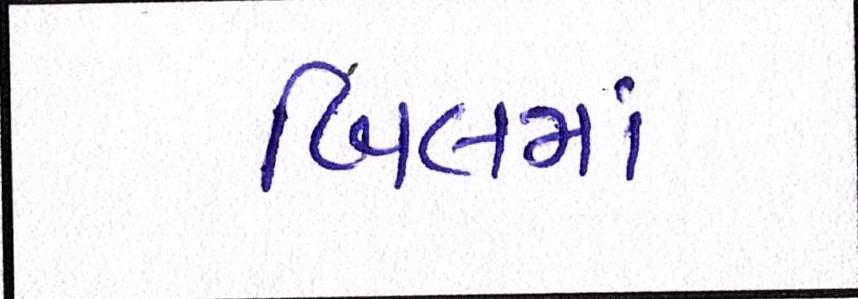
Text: બિલમાં